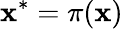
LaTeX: {\mathbf x}^{*}=\pi({\mathbf x})